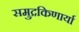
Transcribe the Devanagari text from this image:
समुद्रकिणार्या